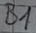
Text: B1